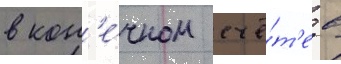
в кон'е́чном счё́т'е в